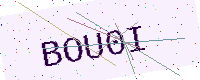
Text: BOU0I